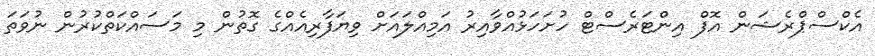
އެކްސްޕްރެޝަން އޮފް އިންޓަރެސްޓް ހުށަހަޅުއްވާއިރު އަމިއްލައަށް ވިޔަފާރިއެއްގެ ގޮތުން މި މަސައްކަތްކުރުން ނުވަތަ